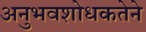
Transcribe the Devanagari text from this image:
अनुभवशोधकतेने